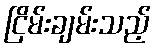
ငြိမ်းချမ်းသည့်